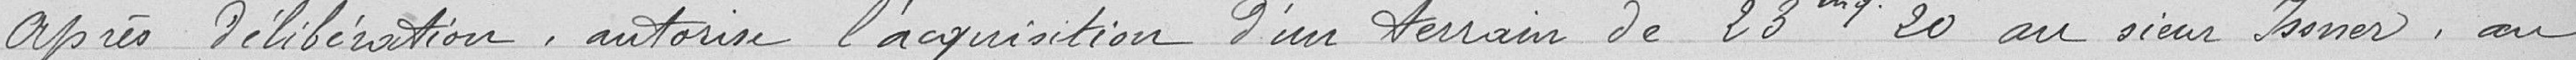
Après délibération, autorise l'acquisition d'un terrain de 23m20 au sieur Josner, au